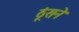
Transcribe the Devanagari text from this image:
ठूंसने